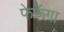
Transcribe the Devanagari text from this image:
फेरूॅगा